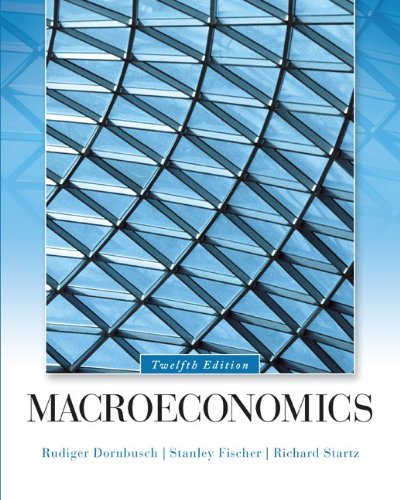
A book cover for Macroeconomics (The Mcgraw-Hill Series Economics); Rudiger Dornbusch; Business & Money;